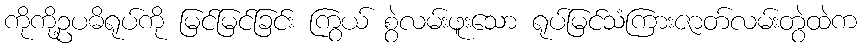
ကိုကို့ဥပဓိရုပ်ကို မြင်မြင်ခြင်း ကြွယ် စွဲလမ်းဖူးသော ရုပ်မြင်သံကြားဇာတ်လမ်းတွဲထဲက